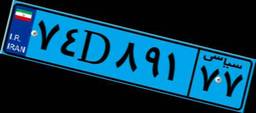
۲۹D۳۷۵۵۳